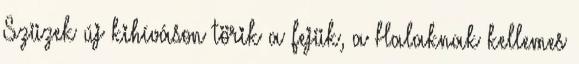
Szüzek új kihíváson törik a fejük, a Halaknak kellemes